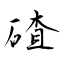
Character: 碴